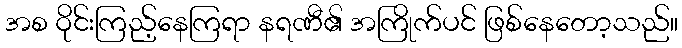
အစ ဝိုင်းကြည့်နေကြရာ နရဏီ၏ အကြိုက်ပင် ဖြစ်နေတော့သည်။